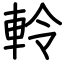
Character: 軨